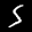
Label: 5